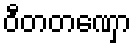
ဝီတတဏှော